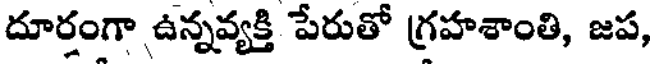
దూర్తంగా ఉన్నవ్యక్తి పేరుతో గ్రహశాంతి, జప,